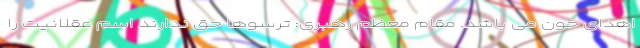
اهدای خون می باشد. مقام معظم رهبری: ترسوها حق ندارند اسم عقلانیت را